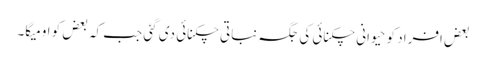
بعض افراد کو حیوانی چکنائی کی جگہ نباتی چکنائی دی گئی جب کہ بعض کو اومیگا۔